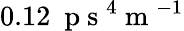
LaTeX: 0.12~\mathrm{~p~s~}^{4}\mathrm{~m~}^{-1}